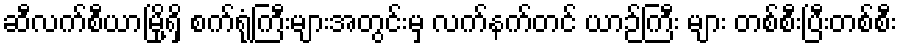
ဆီလက်စီယာမြို့ရှိ စက်ရုံကြီးများအတွင်းမှ လက်နက်တင် ယာဉ်ကြီး များ တစ်စီးပြီးတစ်စီး